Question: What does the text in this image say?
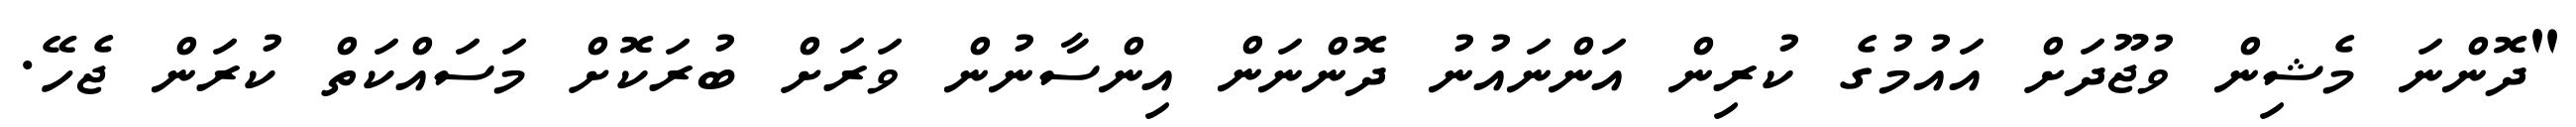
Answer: "ދޮންނަ މެޝިން ވުޖޫދަށް އައުމުގެ ކުރިން އަންނައުނު ދޮންނަން އިންސާނުން ވަރަށް ބުރަކޮށް މަސައްކަތް ކުރަން ޖެހޭ.